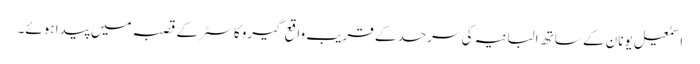
اسمٰعیل یونان کے ساتھ البانیہ کی سرحد کے قریب واقع گیروکاسٹر کے قصبہ میں پیدا ہوئے۔